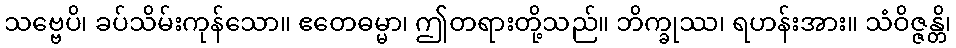
သဗ္ဗေပိ၊ ခပ်သိမ်းကုန်သော။ ဧတေဓမ္မာ၊ ဤတရားတို့သည်။ ဘိက္ခုဿ၊ ရဟန်းအား။ သံဝိဇ္ဇန္တိ၊